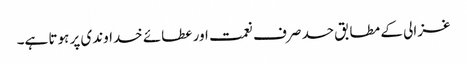
غزالی کے مطابق حسد صرف نعمت اور عطائے خداوندی پر ہوتا ہے۔